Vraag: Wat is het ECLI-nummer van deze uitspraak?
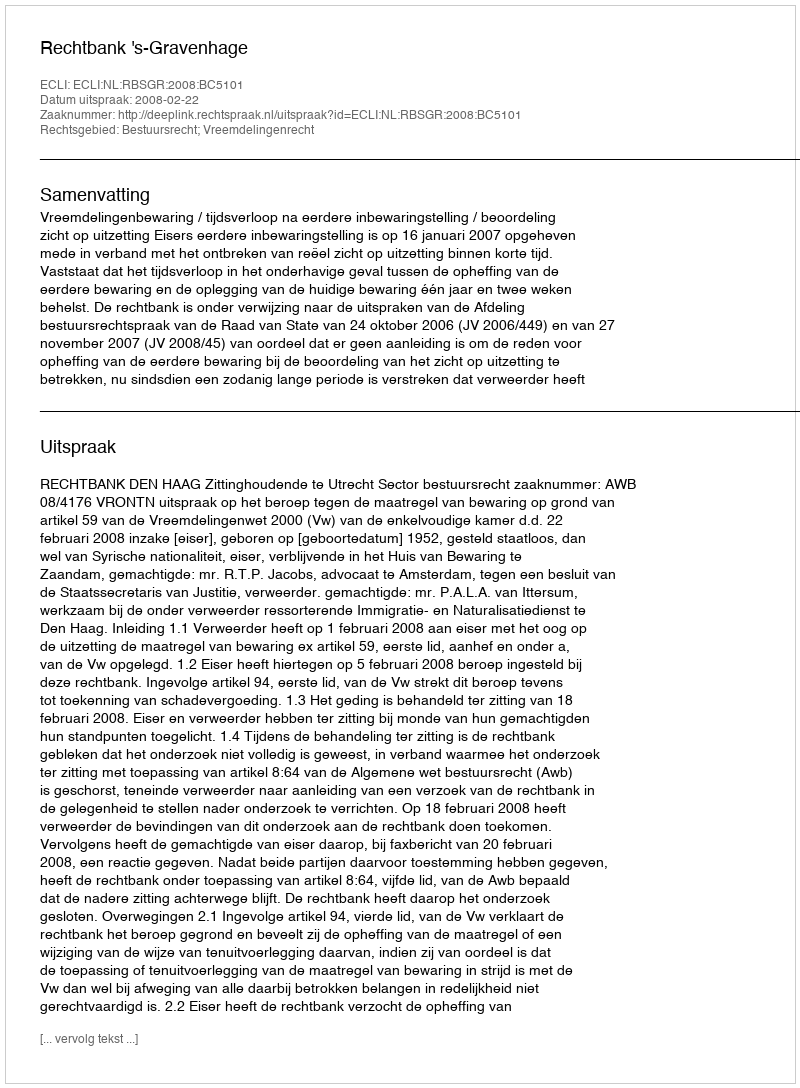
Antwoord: ECLI:NL:RBSGR:2008:BC5101